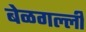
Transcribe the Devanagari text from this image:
बेळगल्ली